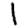
Digit: 1